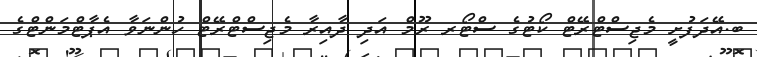
ބ.އޭދަފުށީ މެޖިސްޓްރޭޓް ކޯޓުގެ ސްޓޯރ ރޫމް އަދި ދާއިރާ މެޖިސްޓްރޭޓް ހުންނަވާ އެޕާޓްމަންޓްގެ